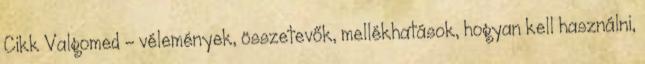
Cikk Valgomed – vélemények, összetevők, mellékhatások, hogyan kell használni,